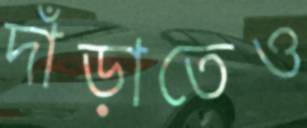
দাঁড়াতেও